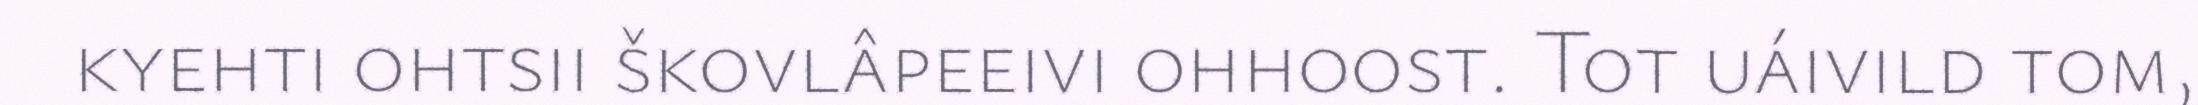
kyehti ohtsii škovlâpeeivi ohhoost. Tot uáivild tom,